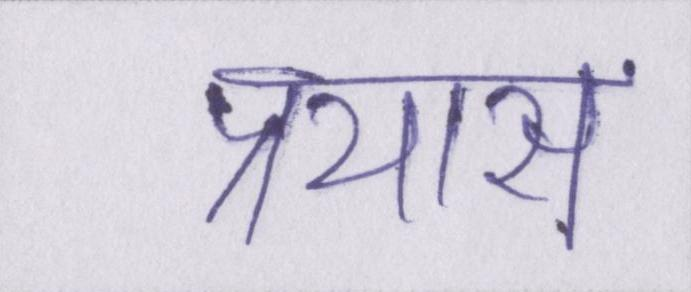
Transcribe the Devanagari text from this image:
प्रयास